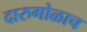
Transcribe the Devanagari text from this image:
दारुगोळाच